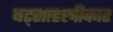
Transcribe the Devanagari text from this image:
षट्साहस्त्रीकार